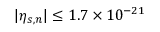
\lvert \eta _ { s , n } \rvert \leq 1 . 7 \times 1 0 ^ { - 2 1 }